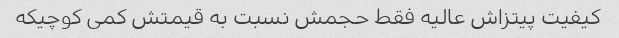
کیفیت پیتزاش عالیه فقط حجمش نسبت به قیمتش کمی کوچیکه